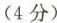
(4分)